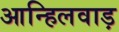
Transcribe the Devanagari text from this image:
आन्हिलवाड़